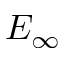
E _ { \infty }